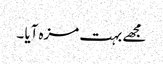
مجھے بہت مزہ آیا ۔